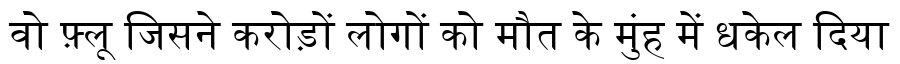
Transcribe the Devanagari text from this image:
वो फ़्लू जिसने करोड़ों लोगों को मौत के मुंह में धकेल दिया